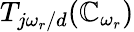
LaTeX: T_{j\omega_{r}/d}(\mathbb{C}_{\omega_{r}})